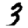
Digit: 3